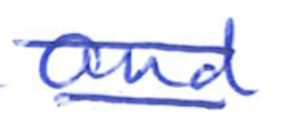
Text: and
Cross-out: double-line
Writing tool: ballpoint